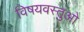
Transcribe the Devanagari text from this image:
विषयवस्तुओ